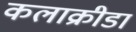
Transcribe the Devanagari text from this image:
कलाक्रीडा